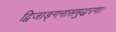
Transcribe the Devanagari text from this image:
द्विजाङ्गनासमुद्धरण।